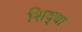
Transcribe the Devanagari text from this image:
शिद्धा